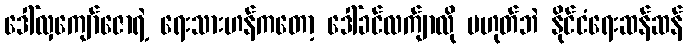
ဒေါ်လှကျော်ဇောရဲ့ ရေးသားဟန်ကတော့ ဒေါ်ခင်လက်ျာလို မဟုတ်ဘဲ နိုင်ငံရေးဆန်ဆန်